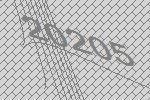
20205